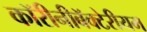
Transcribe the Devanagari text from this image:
कॉरीनीबॅक्टेरीयम